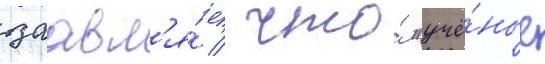
заавл'я́ет / что́ "учё́ные